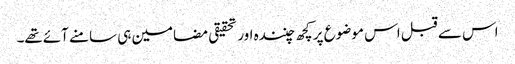
اس سے قبل اس موضوع پر کچھ چنندہ اور تحقیقی مضامین ہی سامنے آئےتھے۔